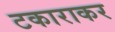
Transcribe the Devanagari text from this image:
टकाराकर